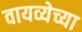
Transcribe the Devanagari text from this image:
वायव्येच्या